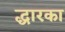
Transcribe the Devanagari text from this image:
द्धारका